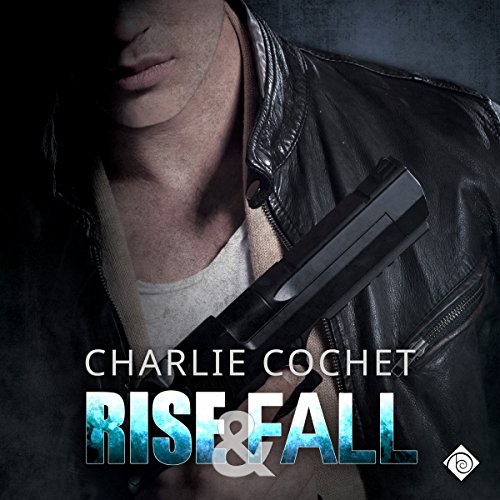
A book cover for Rise & Fall: THIRDS, Book 4; Charlie Cochet; Romance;